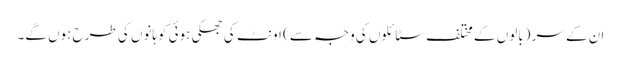
ان کے سر (بالوں کے مختلف سٹائلوں کی وجہ سے) اونٹ کی جھکی ہوئی کوہانوں کی طرح ہوں گے۔